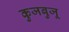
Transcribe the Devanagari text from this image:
कुजबुजू